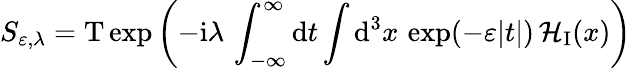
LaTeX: S_{\varepsilon,\lambda}={\mathrm T}\exp\left(-{\mathrm i}\lambda\, \int_{-\infty}^{\infty}{\mathrm d}t\int{\mathrm d}^{3}x\, \exp(-\varepsilon|t|)\, {\mathcal H}_{\mathrm I}(x)\right)